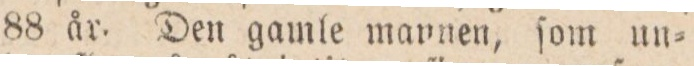
88 år. Den gamle mannen, ſom un=